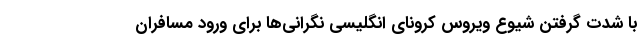
با شدت گرفتن شیوع ویروس کرونای انگلیسی نگرانی‌ها برای ورود مسافران